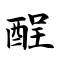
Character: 酲